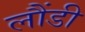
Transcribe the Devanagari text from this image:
लौंडी